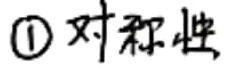
\textcircled{1} 对称性